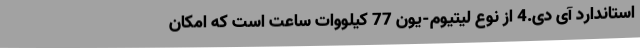
استاندارد آی دی.4 از نوع لیتیوم-یون 77 کیلووات ساعت است که امکان